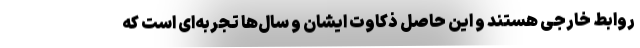
روابط خارجی هستند و این حاصل ذکاوت ایشان و سال‌ها تجربه‌ای است که